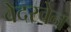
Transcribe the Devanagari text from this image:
वेदरवेन